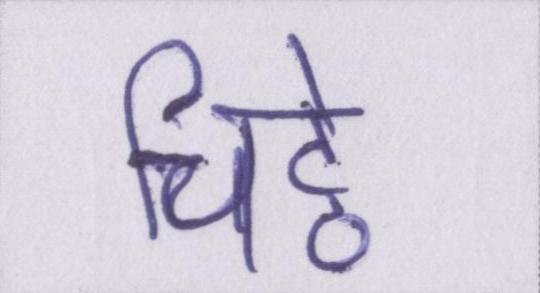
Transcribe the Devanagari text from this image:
चिट्ठे